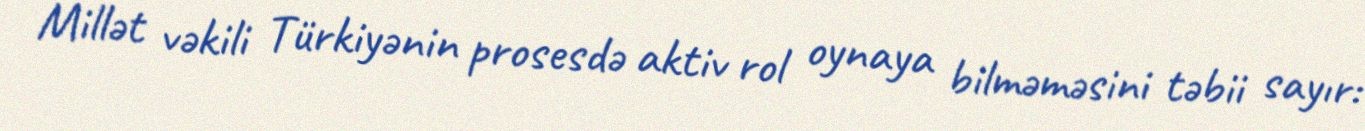
Millət vəkili Türkiyənin prosesdə aktiv rol oynaya bilməməsini təbii sayır: